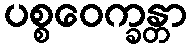
ပစ္စဝေက္ခန္တာ